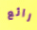
رائع